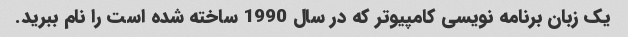
یک زبان برنامه نویسی کامپیوتر که در سال 1990 ساخته شده است را نام ببرید.